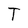
Character: T